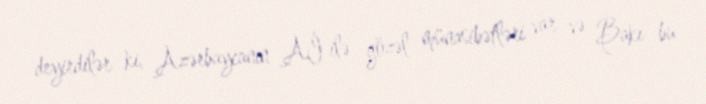
deyirdilər ki, Azərbaycanın Aİ ilə gözəl münasibətləri var və Bakı bu